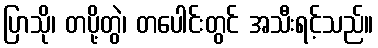
ပြာသို၊ တပို့တွဲ၊ တပေါင်းတွင် အသီးရင့်သည်။